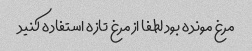
مرغ مونده بود لطفا از مرغ تازه استفاده کنید